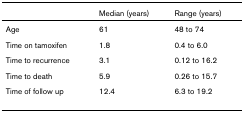
|  | Median (years) | Range (years) |
 | --- | --- | --- |
 | Age | 61 | 48 to 74 |
 | Time on tamoxifen | 1.8 | 0.4 to 6.0 |
 | Time to recurrence | 3.1 | 0.12 to 16.2 |
 | Time to death | 5.9 | 0.26 to 15.7 |
 | Time of follow up | 12.4 | 6.3 to 19.2 |